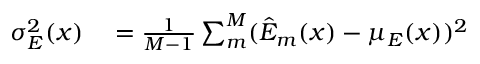
\begin{array} { r l } { \sigma _ { E } ^ { 2 } ( x ) } & { { } = \frac { 1 } { M - 1 } \sum _ { m } ^ { M } ( \hat { E } _ { m } ( x ) - \mu _ { E } ( x ) ) ^ { 2 } } \end{array}